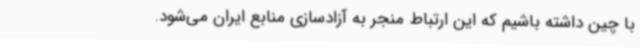
با چین داشته باشیم که این ارتباط منجر به آزادسازی منابع ایران می‌شود.